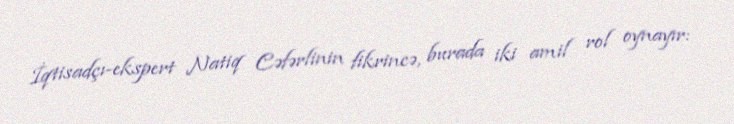
İqtisadçı-ekspert Natiq Cəfərlinin fikrincə, burada iki amil rol oynayır: